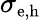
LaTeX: \sigma_{\textrm{\small e,h}}